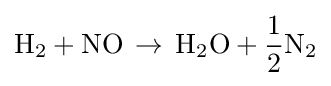
{\text{H}}_{2}+{\text{NO}}\,\rightarrow \,{\text{H}}_{2}{\text{O}}+{\frac {1}{2}}{\text{N}}_{2}